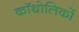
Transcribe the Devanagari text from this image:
कॉथोलिकों